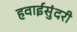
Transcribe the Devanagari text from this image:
हवाईसुंदरी